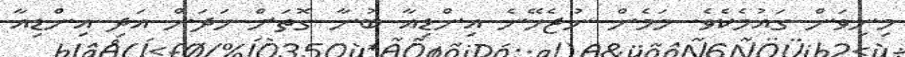
މިނިވަން ގައުމެކެވެ. މަމެން ނުޖެހޭނެ އިންޑިއާ ބުނާ ގޮތަށް ހަދަން އަދި އިންޑިއާ